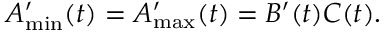
A _ { \operatorname* { m i n } } ^ { \prime } ( t ) = A _ { \operatorname* { m a x } } ^ { \prime } ( t ) = B ^ { \prime } ( t ) C ( t ) .